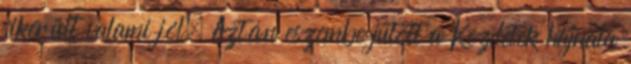
sikerült valami jól. Aztán eszembe jutott a Kezdetek hajnala